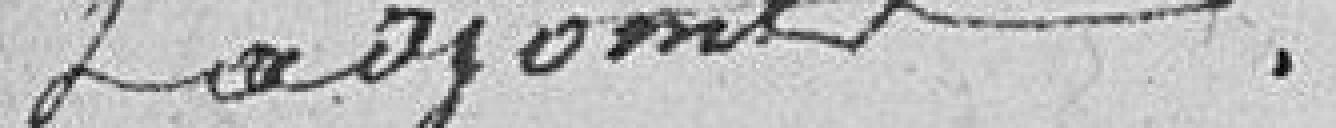
et adjoints